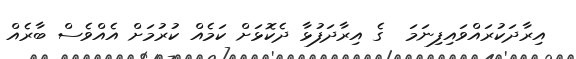
އިރާދަކުރައްވައިފިނަމަ  ގެ އިރާދަފުޅާ ދެކޮޅަށް ކަމެއް ކުރުމަށް އެއްވެސް ބާރެއް